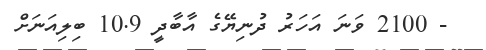
- 2100 ވަނަ އަހަރު ދުނިޔޭގެ އާބާދީ 10.9 ބިލިއަނަށް